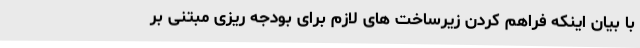
با بیان اینکه فراهم کردن زیرساخت های لازم برای بودجه ریزی مبتنی بر